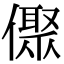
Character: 𠏭